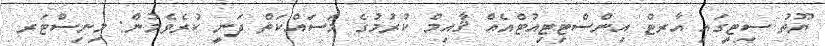
ޔޫތު ސިޓީގައި އާރޓް އިންސްޓިޓިއުޓްއެއް ޤާއިމް ކުރުމުގެ މަސައްކަތް ދަނީ ކުރެވެމުން: މިނިސްޓަރ